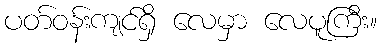
ပတ်ဝန်းကျင်ရှိ လေမှာ လေပူကြီး။